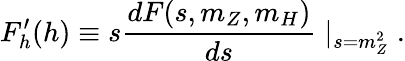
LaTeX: F_{h}^{\prime}(h)\equiv s\frac{dF(s,m_{Z},m_{H})}{ds}\mid_{s=m_{Z}^{2}}\; .